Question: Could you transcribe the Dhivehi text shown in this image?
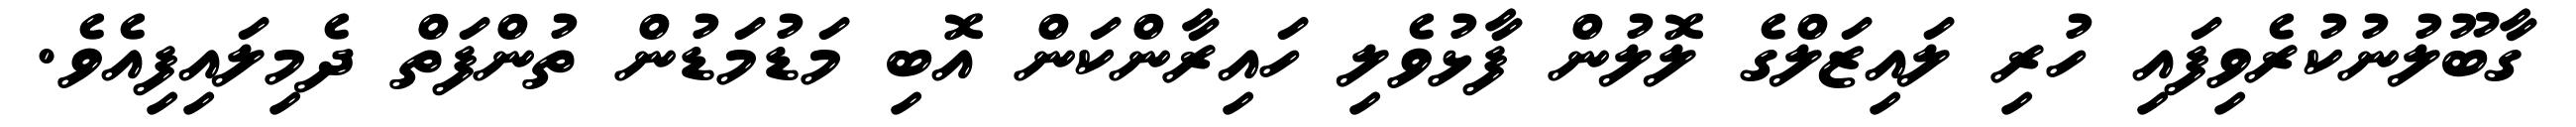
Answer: ގާބޫލުނުކުރެވިފައި ހުރި ލައިޒަލްގެ ލޮލުން ފާޅުވެލި ހައިރާންކަން އޮބި މަޑުމަޑުން ތުންފަތް ދެމިލައިފިއެވެ.